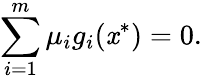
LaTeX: \sum_{i=1}^{m}\mu_{i}g_{i}(\mathit{x}^{*})=0.